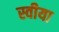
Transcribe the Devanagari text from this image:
स्वीया